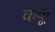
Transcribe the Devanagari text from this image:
ककू